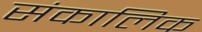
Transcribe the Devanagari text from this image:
संकालिक